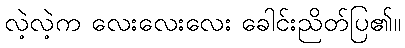
လဲ့လဲ့က လေးလေးလေး ခေါင်းညိတ်ပြ၏။